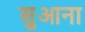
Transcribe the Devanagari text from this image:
सुआना